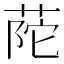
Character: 𦱆